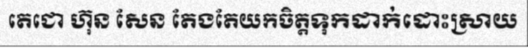
តេជោ ហ៊ុន សែន តែងតែយកចិត្តទុកដាក់ដោះស្រាយ